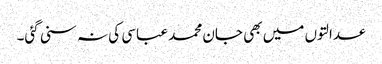
عدالتوں میں بھی جان محمد عباسی کی نہ سنی گئی۔